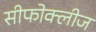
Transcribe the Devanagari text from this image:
सीफोक्लीज